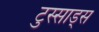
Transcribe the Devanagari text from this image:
टुस्साड्स